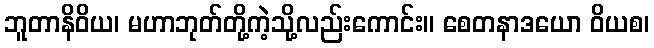
ဘူတာနိဝိယ၊ မဟာဘုတ်တို့ကဲ့သို့လည်းကောင်း။ စေတနာဒယော ဝိယစ၊